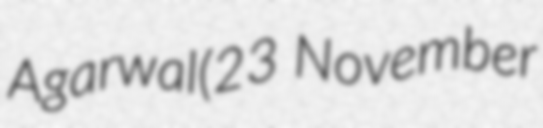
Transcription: Agarwal(23 November